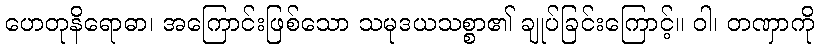
ဟေတုနိရောဓာ၊ အကြောင်းဖြစ်သော သမုဒယသစ္စာ၏ ချုပ်ခြင်းကြောင့်။ ဝါ၊ တဏှာကို